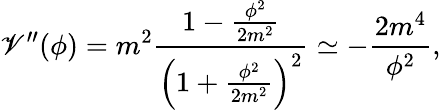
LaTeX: \mathscr{V}^{\prime\prime}(\phi)=m^{2}\frac{{1-\frac{{\phi^{2}}}{{2m^{2}}}}}{{\left(1+\frac{{\phi^{2}}}{{2m^{2}}}\right)^{2}}}\simeq-\frac{{2m^{4}}}{{\phi^{2}}},